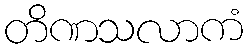
တိဏသလာကံ